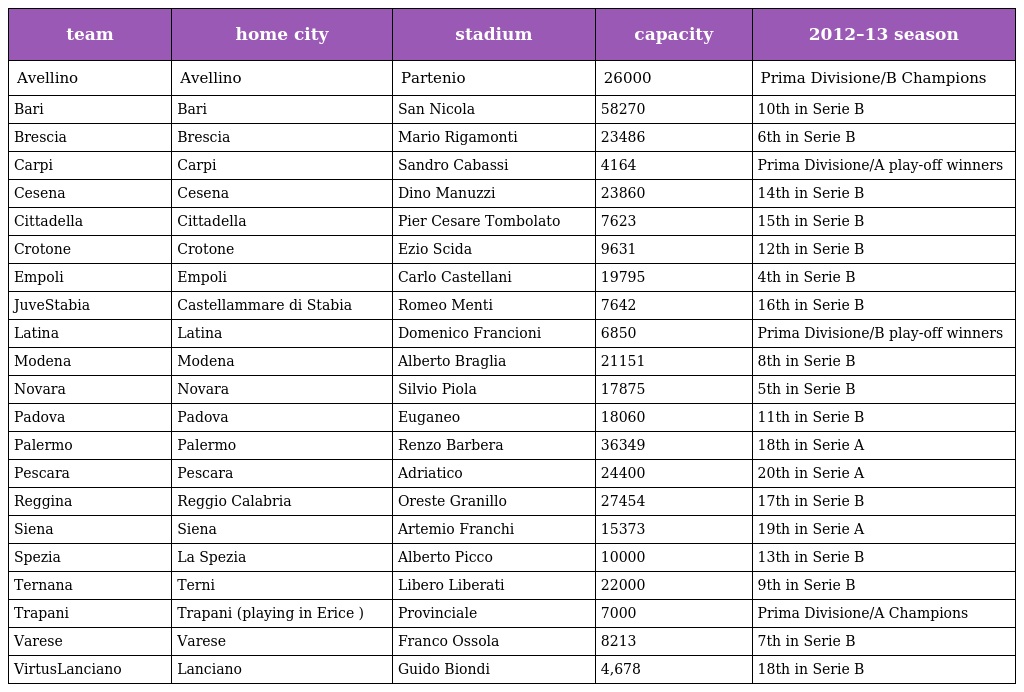
| team | home city | stadium | capacity | 2012–13 season |
 | --- | --- | --- | --- | --- |
 | Avellino | Avellino | Partenio | 26000 | Prima Divisione/B Champions |
 | Bari | Bari | San Nicola | 58270 | 10th in Serie B |
 | Brescia | Brescia | Mario Rigamonti | 23486 | 6th in Serie B |
 | Carpi | Carpi | Sandro Cabassi | 4164 | Prima Divisione/A play-off winners |
 | Cesena | Cesena | Dino Manuzzi | 23860 | 14th in Serie B |
 | Cittadella | Cittadella | Pier Cesare Tombolato | 7623 | 15th in Serie B |
 | Crotone | Crotone | Ezio Scida | 9631 | 12th in Serie B |
 | Empoli | Empoli | Carlo Castellani | 19795 | 4th in Serie B |
 | JuveStabia | Castellammare di Stabia | Romeo Menti | 7642 | 16th in Serie B |
 | Latina | Latina | Domenico Francioni | 6850 | Prima Divisione/B play-off winners |
 | Modena | Modena | Alberto Braglia | 21151 | 8th in Serie B |
 | Novara | Novara | Silvio Piola | 17875 | 5th in Serie B |
 | Padova | Padova | Euganeo | 18060 | 11th in Serie B |
 | Palermo | Palermo | Renzo Barbera | 36349 | 18th in Serie A |
 | Pescara | Pescara | Adriatico | 24400 | 20th in Serie A |
 | Reggina | Reggio Calabria | Oreste Granillo | 27454 | 17th in Serie B |
 | Siena | Siena | Artemio Franchi | 15373 | 19th in Serie A |
 | Spezia | La Spezia | Alberto Picco | 10000 | 13th in Serie B |
 | Ternana | Terni | Libero Liberati | 22000 | 9th in Serie B |
 | Trapani | Trapani (playing in Erice ) | Provinciale | 7000 | Prima Divisione/A Champions |
 | Varese | Varese | Franco Ossola | 8213 | 7th in Serie B |
 | VirtusLanciano | Lanciano | Guido Biondi | 4,678 | 18th in Serie B |